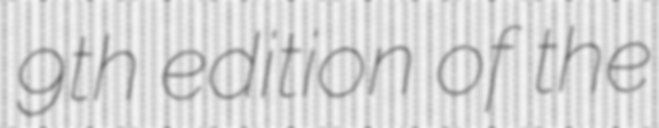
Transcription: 9th edition of the